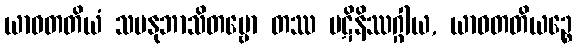
ယာဝတတိယံ သမနုဘာသိတဗ္ဗော တဿ ပဋိနိဿဂ္ဂါယ, ယာဝတတိယဉ္စေ